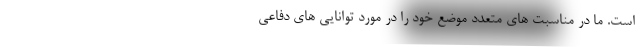
است. ما در مناسبت های متعدد موضع خود را در مورد توانایی های دفاعی